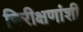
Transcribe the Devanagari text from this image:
निरीक्षणांशी